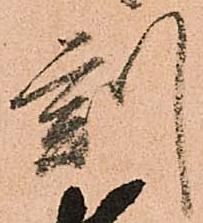
刻